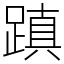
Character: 蹎